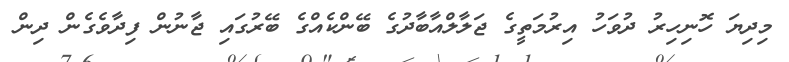
މިދިޔަ ހޮނިހިރު ދުވަހު އިރުމަތީގެ ޖަލާލްއާބާދުގެ ބޭންކެއްގެ ބޭރުގައި ޖާނުން ފިދާވެގެން ދިން